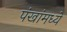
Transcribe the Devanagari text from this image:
पंखांमध्ये